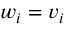
w _ { i } = v _ { i }